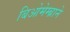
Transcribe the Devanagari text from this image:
बिओमेम्ब्राने